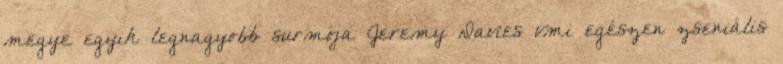
megye egyik legnagyobb surmója Jeremy Davies vmi egészen zseniális